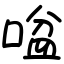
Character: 㖹